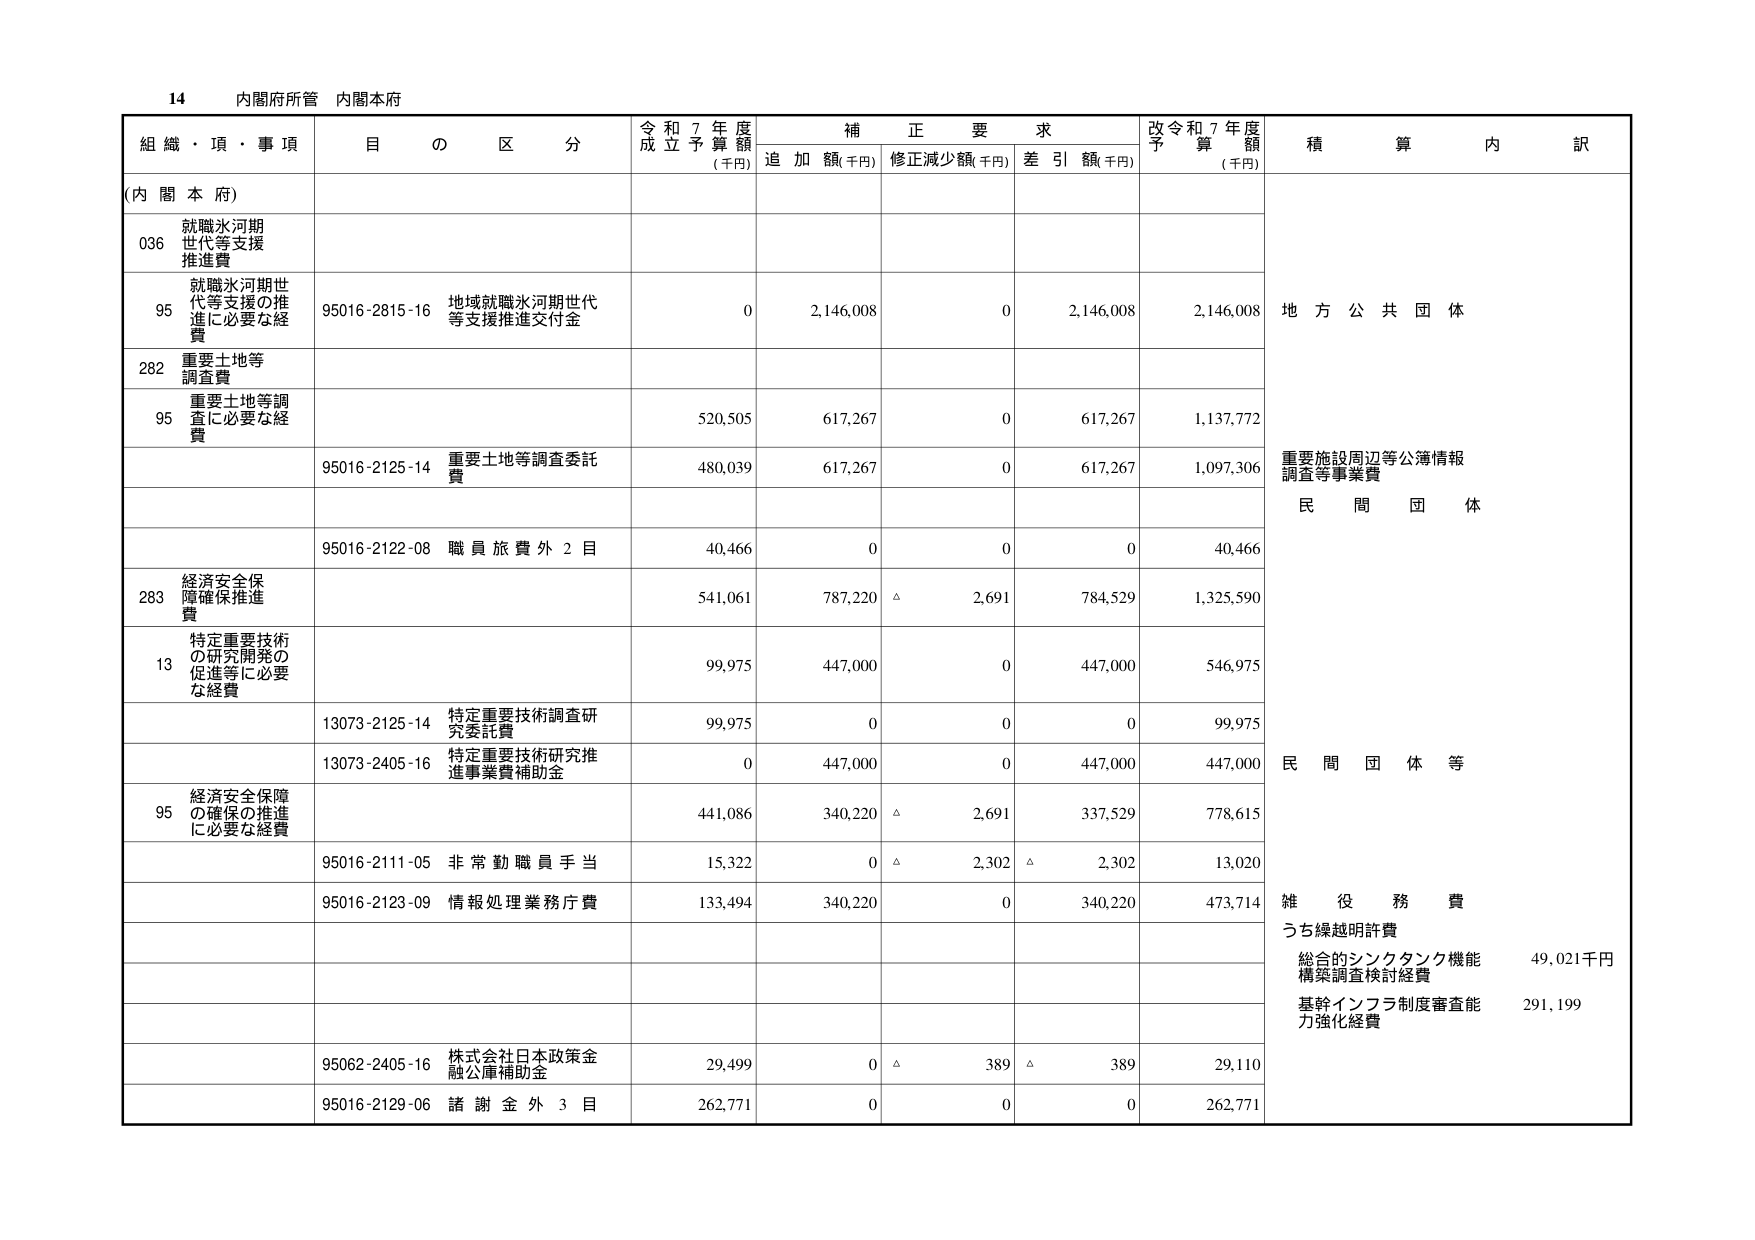
14 内閣府所管 内閣本府

組織・項・事項 目の区分 令和7年度成立予算額(千円) 補正要求 追加額(千円) 修正減少額(千円) 差引額(千円) 改令和7年度予算額(千円) 積算内訳

(内閣本府)

036 就職氷河期世代等支援推進費

95 就職氷河期世代等支援の推進に必要な経費 95016-2815-16 地域就職氷河期世代等支援推進交付金 0 2,146,008 0 2,146,008 2,146,008 地方公共団体

282 重要土地等調査費

95 重要土地等調査に必要な経費 520,505 617,267 0 617,267 1,137,772

95016-2125-14 重要土地等調査委託費 480,039 617,267 0 617,267 1,097,306 重要施設周辺等公簿情報調査等事業費

95016-2122-08 職員旅費外2目 40,466 0 0 0 40,466 民間団体

283 経済安全保障確保推進費 541,061 787,220 △ 2,691 784,529 1,325,590

13 特定重要技術の研究開発の促進等に必要な経費 99,975 447,000 0 447,000 546,975

13073-2125-14 特定重要技術調査研究委託費 99,975 0 0 0 99,975

13073-2405-16 特定重要技術研究推進事業費補助金 0 447,000 0 447,000 447,000 民間団体等

95 経済安全保障の確保の推進に必要な経費 441,086 340,220 △ 2,691 337,529 778,615

95016-2111-05 非常勤職員手当 15,322 0 △ 2,302 △ 2,302 13,020

95016-2123-09 情報処理業務庁費 133,494 340,220 0 340,220 473,714 雑役務費

うち繰越明許費

総合的シンクタンク機能構築調査検討経費 49,021千円

基幹インフラ制度審査能力強化経費 291,199

95062-2405-16 株式会社日本政策金融公庫補助金 29,499 0 △ 389 △ 389 29,110

95016-2129-06 諸謝金外3目 262,771 0 0 0 262,771